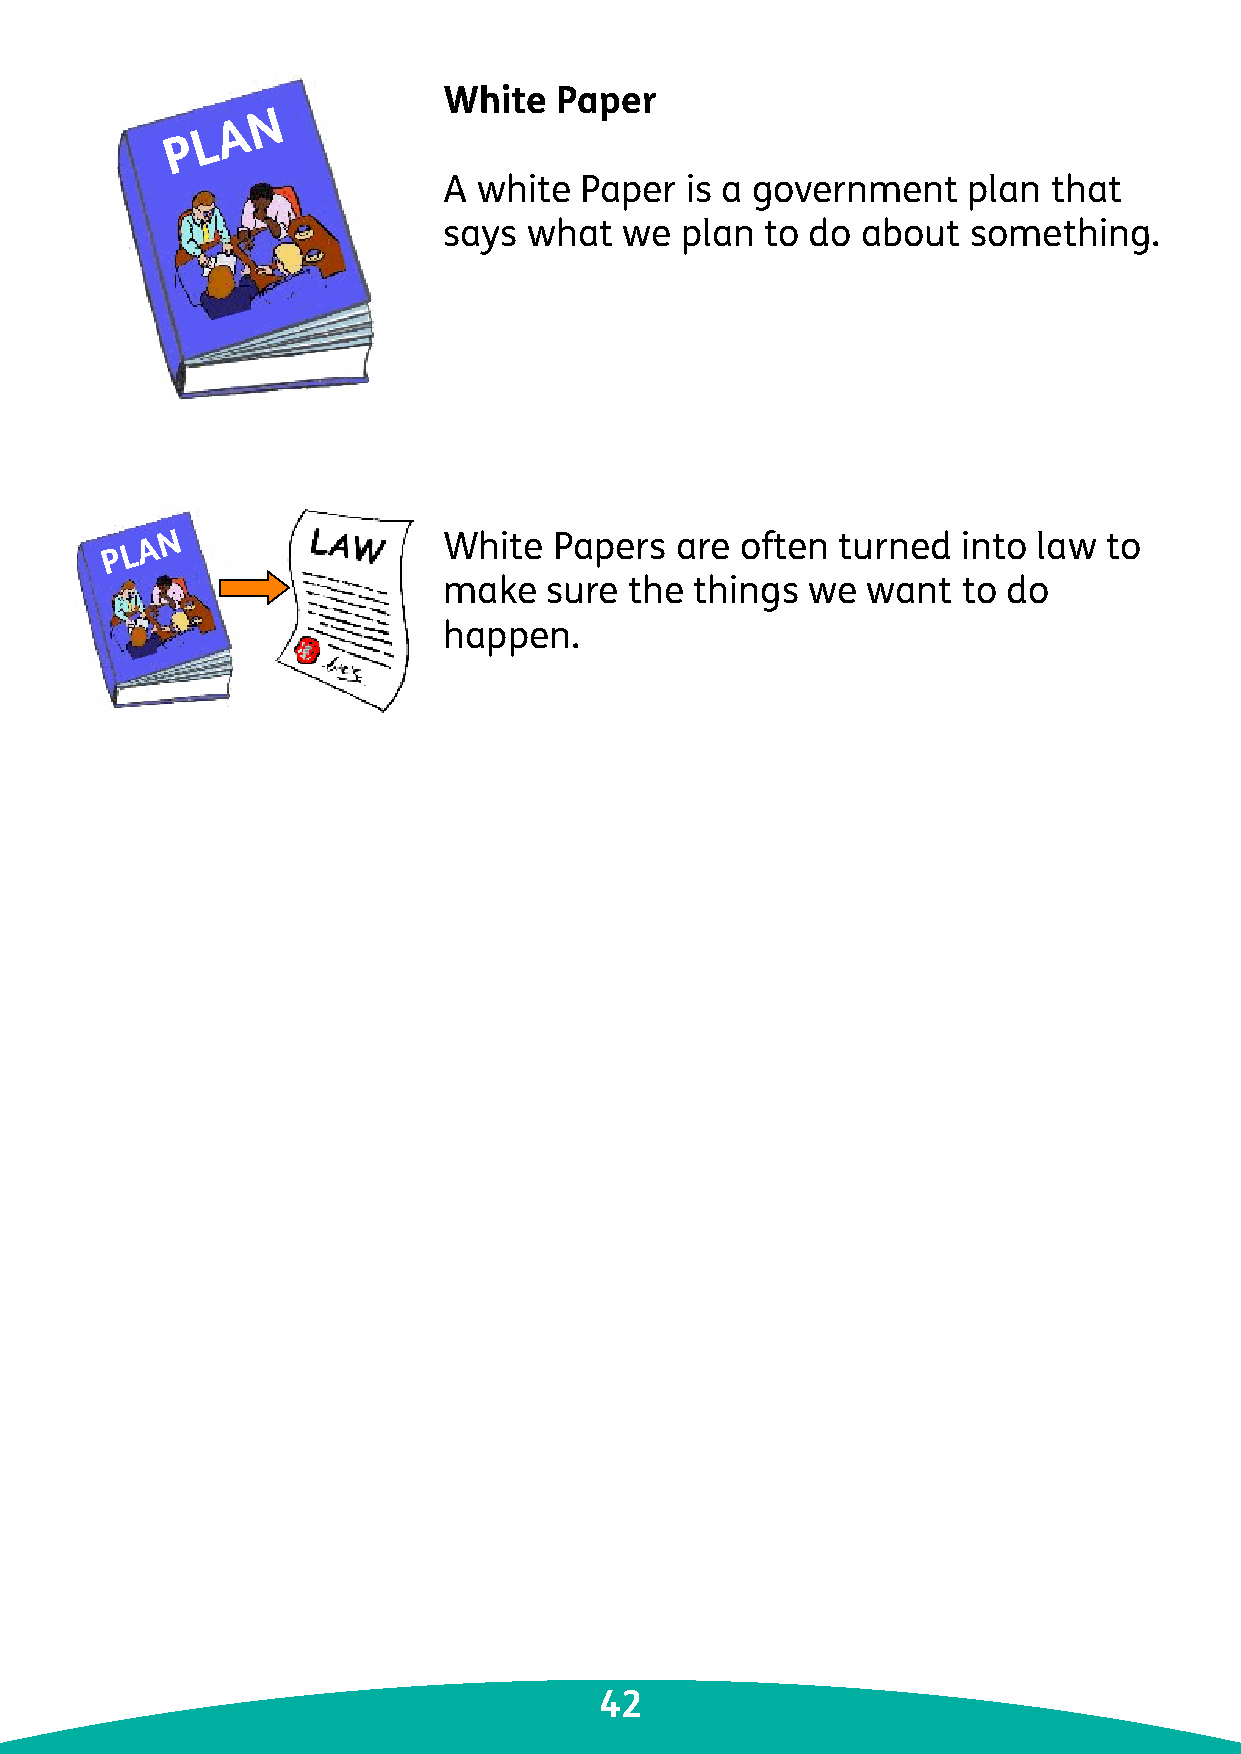
White   Paper
 N
 A
 L
 P
 A  white Paper  is a government    plan  that
 says  what  we  plan  to do about  something.
 A N                 White   Papers  are often turned   into law to
 P L
 make   sure  the things we  want   to do
 happen.
 42